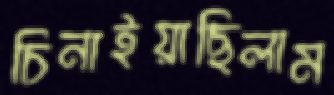
চিনাইয়াছিলাম